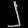
Digit: ၂